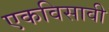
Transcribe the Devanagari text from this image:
एकविसावी